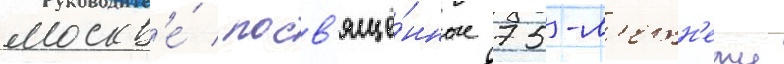
москв'е́ / посв'ящё́нные 75-л'етн'ему